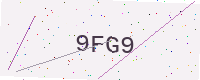
Text: 9FG9